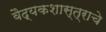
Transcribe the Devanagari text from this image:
वैद्यकशास्त्राचे